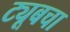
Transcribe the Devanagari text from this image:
ट्यूबचा